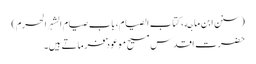
(سنن ابن ماجه، کتاب الصیام، باب صیام الشہر الحرم)
حضرت اقدس مسیح موعود ؑ فرماتے ہیں۔